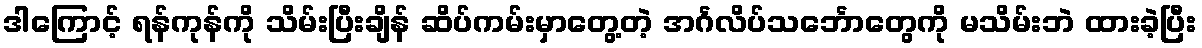
ဒါကြောင့် ရန်ကုန်ကို သိမ်းပြီးချိန် ဆိပ်ကမ်းမှာတွေ့တဲ့ အင်္ဂလိပ်သင်္ဘောတွေကို မသိမ်းဘဲ ထားခဲ့ပြီး